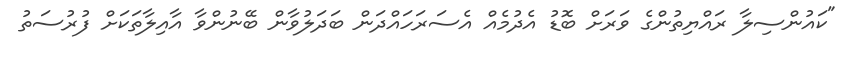
"ކައުންސިލާ ރައްޔިތުންގެ ވަރަށް ބޮޑު އެދުމެއް އެސަރަހައްދަން ބަދަލުވާން ބޭނުންވާ އާއިލާތަކަށް ފުރުސަތު